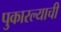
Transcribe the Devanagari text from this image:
पुकारल्याची